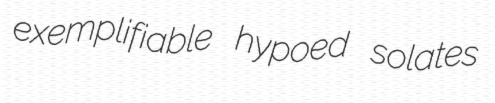
exemplifiable hypoed solates